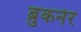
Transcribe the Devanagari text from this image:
ब्रुकनेर